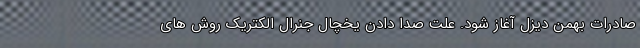
صادرات بهمن دیزل آغاز شود. علت صدا دادن یخچال جنرال الکتریک روش های